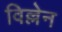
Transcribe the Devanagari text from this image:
विल्लेन